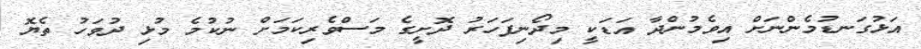
އަޅުގަނޑުމެންނަށް އިވެމުންދާ އަޑަކީ މިދޯނިފަހަރު ދޮށީގެ މަސްވެރިކަމަށް ނުކުމެ މުޅި ދުވަހު ތެޔޮ